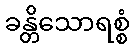
ခန္တိသောရစ္စံ